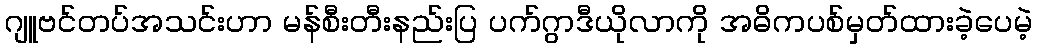
ဂျူဗင်တပ်အသင်းဟာ မန်စီးတီးနည်းပြ ပက်ဂွာဒီယိုလာကို အဓိကပစ်မှတ်ထားခဲ့ပေမဲ့